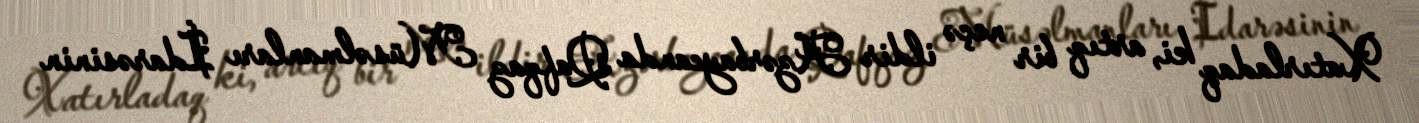
Xatırladaq ki, artıq bir neçə ildir Azərbaycanda Qafqaz Müsəlmanları İdarəsinin